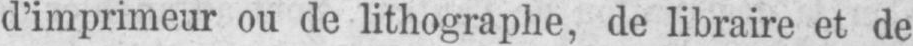
d’imprimeur ou de lithographe, de libraire et de